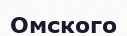
Омского